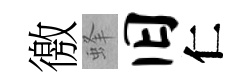
徼蜂旧仁